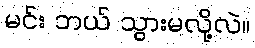
မင်း ဘယ် သွားမလို့လဲ။